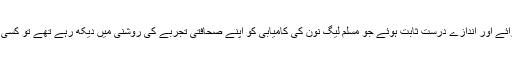
مجھے حیرت ہے کہ جب عام انتخابات ہوئے اور صحافیوں کے اس گروپ کی رائے اور اندازے درست ثابت ہوئے جو مسلم لیگ نون کی کامیابی کو اپنے صحافتی تجربے کی روشنی میں دیکھ رہے تھے تو کسی نے انہیں سراہنا تو ایک طرف رہا اپنی دشنام طرازیوں پر معافی تک نہیں مانگی۔